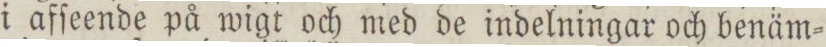
i afſeende på wigt och med de indelningar och benäm=